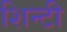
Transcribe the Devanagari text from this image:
शिन्टी